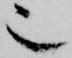
也